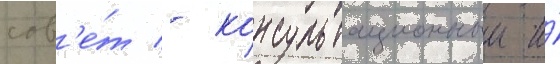
сов'е́т - консультационныи и́